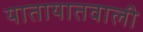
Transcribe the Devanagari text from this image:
यातायातवाली